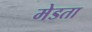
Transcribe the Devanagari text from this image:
मेडता